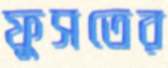
ফুসতের